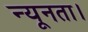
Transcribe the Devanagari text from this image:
न्यूनता।